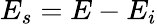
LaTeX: E_{s}=E-E_{i}